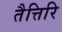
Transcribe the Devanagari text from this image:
तैत्तिरि